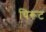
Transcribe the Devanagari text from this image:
चिरूट